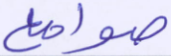
صوامع